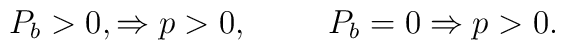
P_{b}>0,   \Rightarrow p>0,\hspace{1cm}P_{b}=0 \Rightarrow p>0.